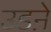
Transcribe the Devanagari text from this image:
उडऩे